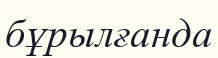
бұрылғанда